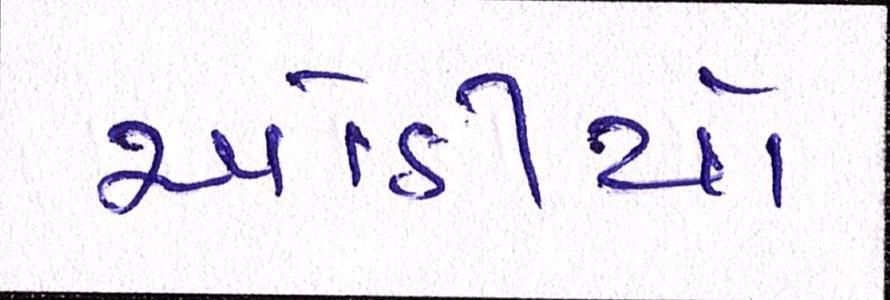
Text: ઓડીયો